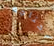
أحتاجه